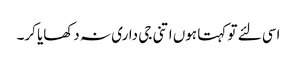
اسی لئے تو کہتا ہوں اتنی جی داری نہ دکھایا کر۔